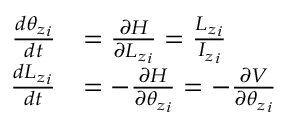
{ \begin{array} { r l } { { \frac { d { \theta _ { z } } _ { i } } { d t } } } & { = { \frac { \partial { \cal { H } } } { \partial { L _ { z } } _ { i } } } = { \frac { { L _ { z } } _ { i } } { { I _ { z } } _ { i } } } } \\ { { \frac { d { L _ { z } } _ { i } } { d t } } } & { = - { \frac { \partial { \cal { H } } } { \partial { \theta _ { z } } _ { i } } } = - { \frac { \partial V } { \partial { \theta _ { z } } _ { i } } } } \end{array} }